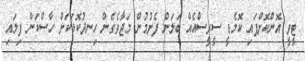
ޓީވީ އޮންކޮށްފައި ކޮމެޑީ ސީރީސްއެއް ބަލަން ފެށުމުން މަޖާވެގެން ހިނދުކޮޅަކަށް ހާސްކަން ފިލައި